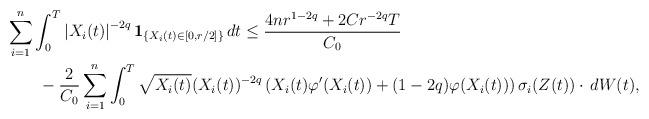
LaTeX: \begin{align*}&\sum_{i=1}^n\int_0^T \left|X_i(t)\right|^{-2q}\mathbf{1}_{\{X_i(t)\in [0,r/2]\}}\,dt \leq \frac{4nr^{1-2q}+ 2Cr^{-2q} T}{C_0}\\&\qquad- \frac{2}{C_0}\sum_{i=1}^n\int_0^T \sqrt{X_i(t)}(X_i(t))^{-2q}\left(X_i(t)\varphi'(X_i(t)) +(1-2q)\varphi(X_i(t))\right)\sigma_i(Z(t))\cdot\, d W(t),\end{align*}